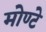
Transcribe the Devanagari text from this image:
मोण्टे